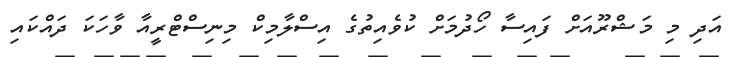
އަދި މި މަޝްރޫއަށް ފައިސާ ހޯދުމަށް ކުވެއިތުގެ އިސްލާމިކް މިނިސްޓްރީއާ ވާހަކަ ދައްކައި